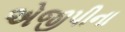
એજીપીના